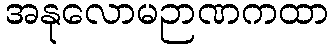
အနုလောမဉာဏကထာ